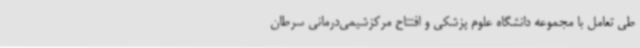
طی تعامل با مجموعه دانشگاه علوم پزشکی و افتتاح مرکزشیمی‌درمانی سرطان